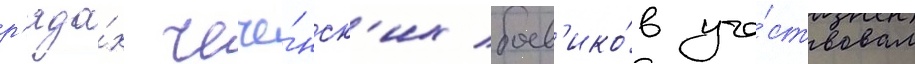
р'яда́х чече́нск'их боев'ико́в уча́ствовал